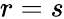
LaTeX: r=s